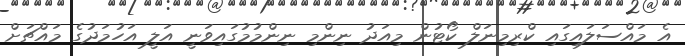
އެ މައްސަލައިގައި ކްރިމިނަލް ކޯޓުން މިއަދު ނިންމި ނިންމުމުގައިވަނީ އަލީ އަހުމަދުގެ މައްޗަށް